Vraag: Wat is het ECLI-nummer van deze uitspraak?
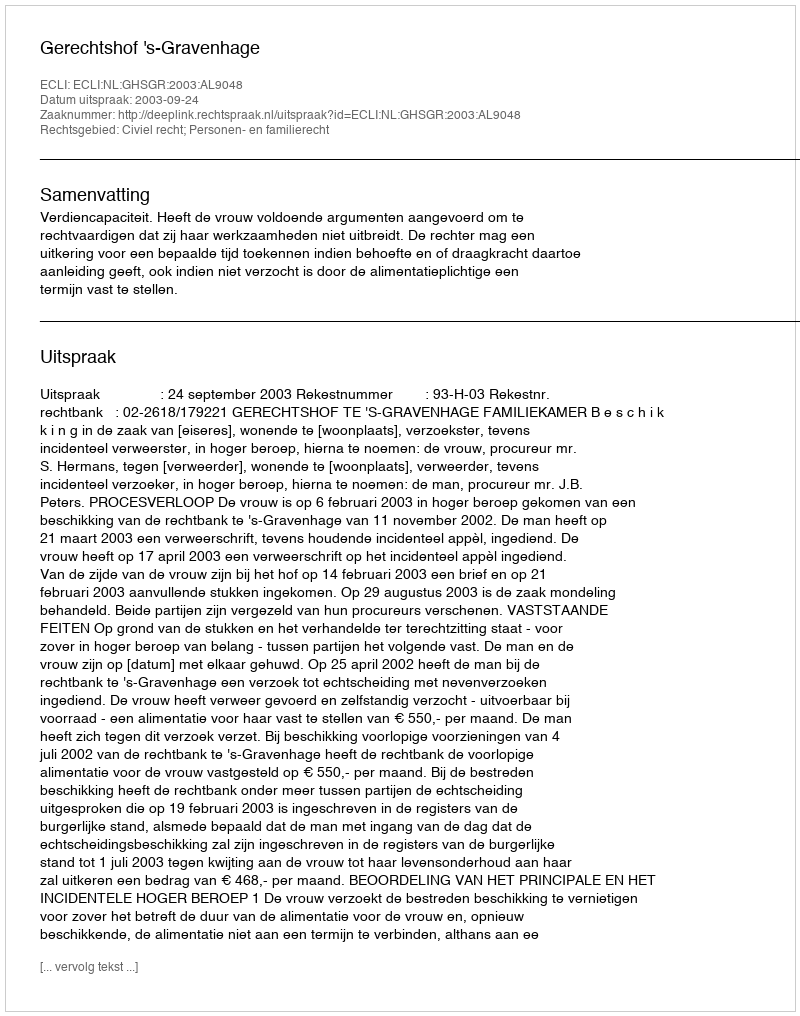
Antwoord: ECLI:NL:GHSGR:2003:AL9048